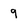
Character: 9